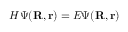
H \Psi ( \mathbf { R } , \mathbf { r } ) = E \Psi ( \mathbf { R } , \mathbf { r } )